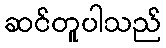
ဆင်တူပါသည်